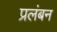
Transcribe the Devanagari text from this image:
प्रलंबन